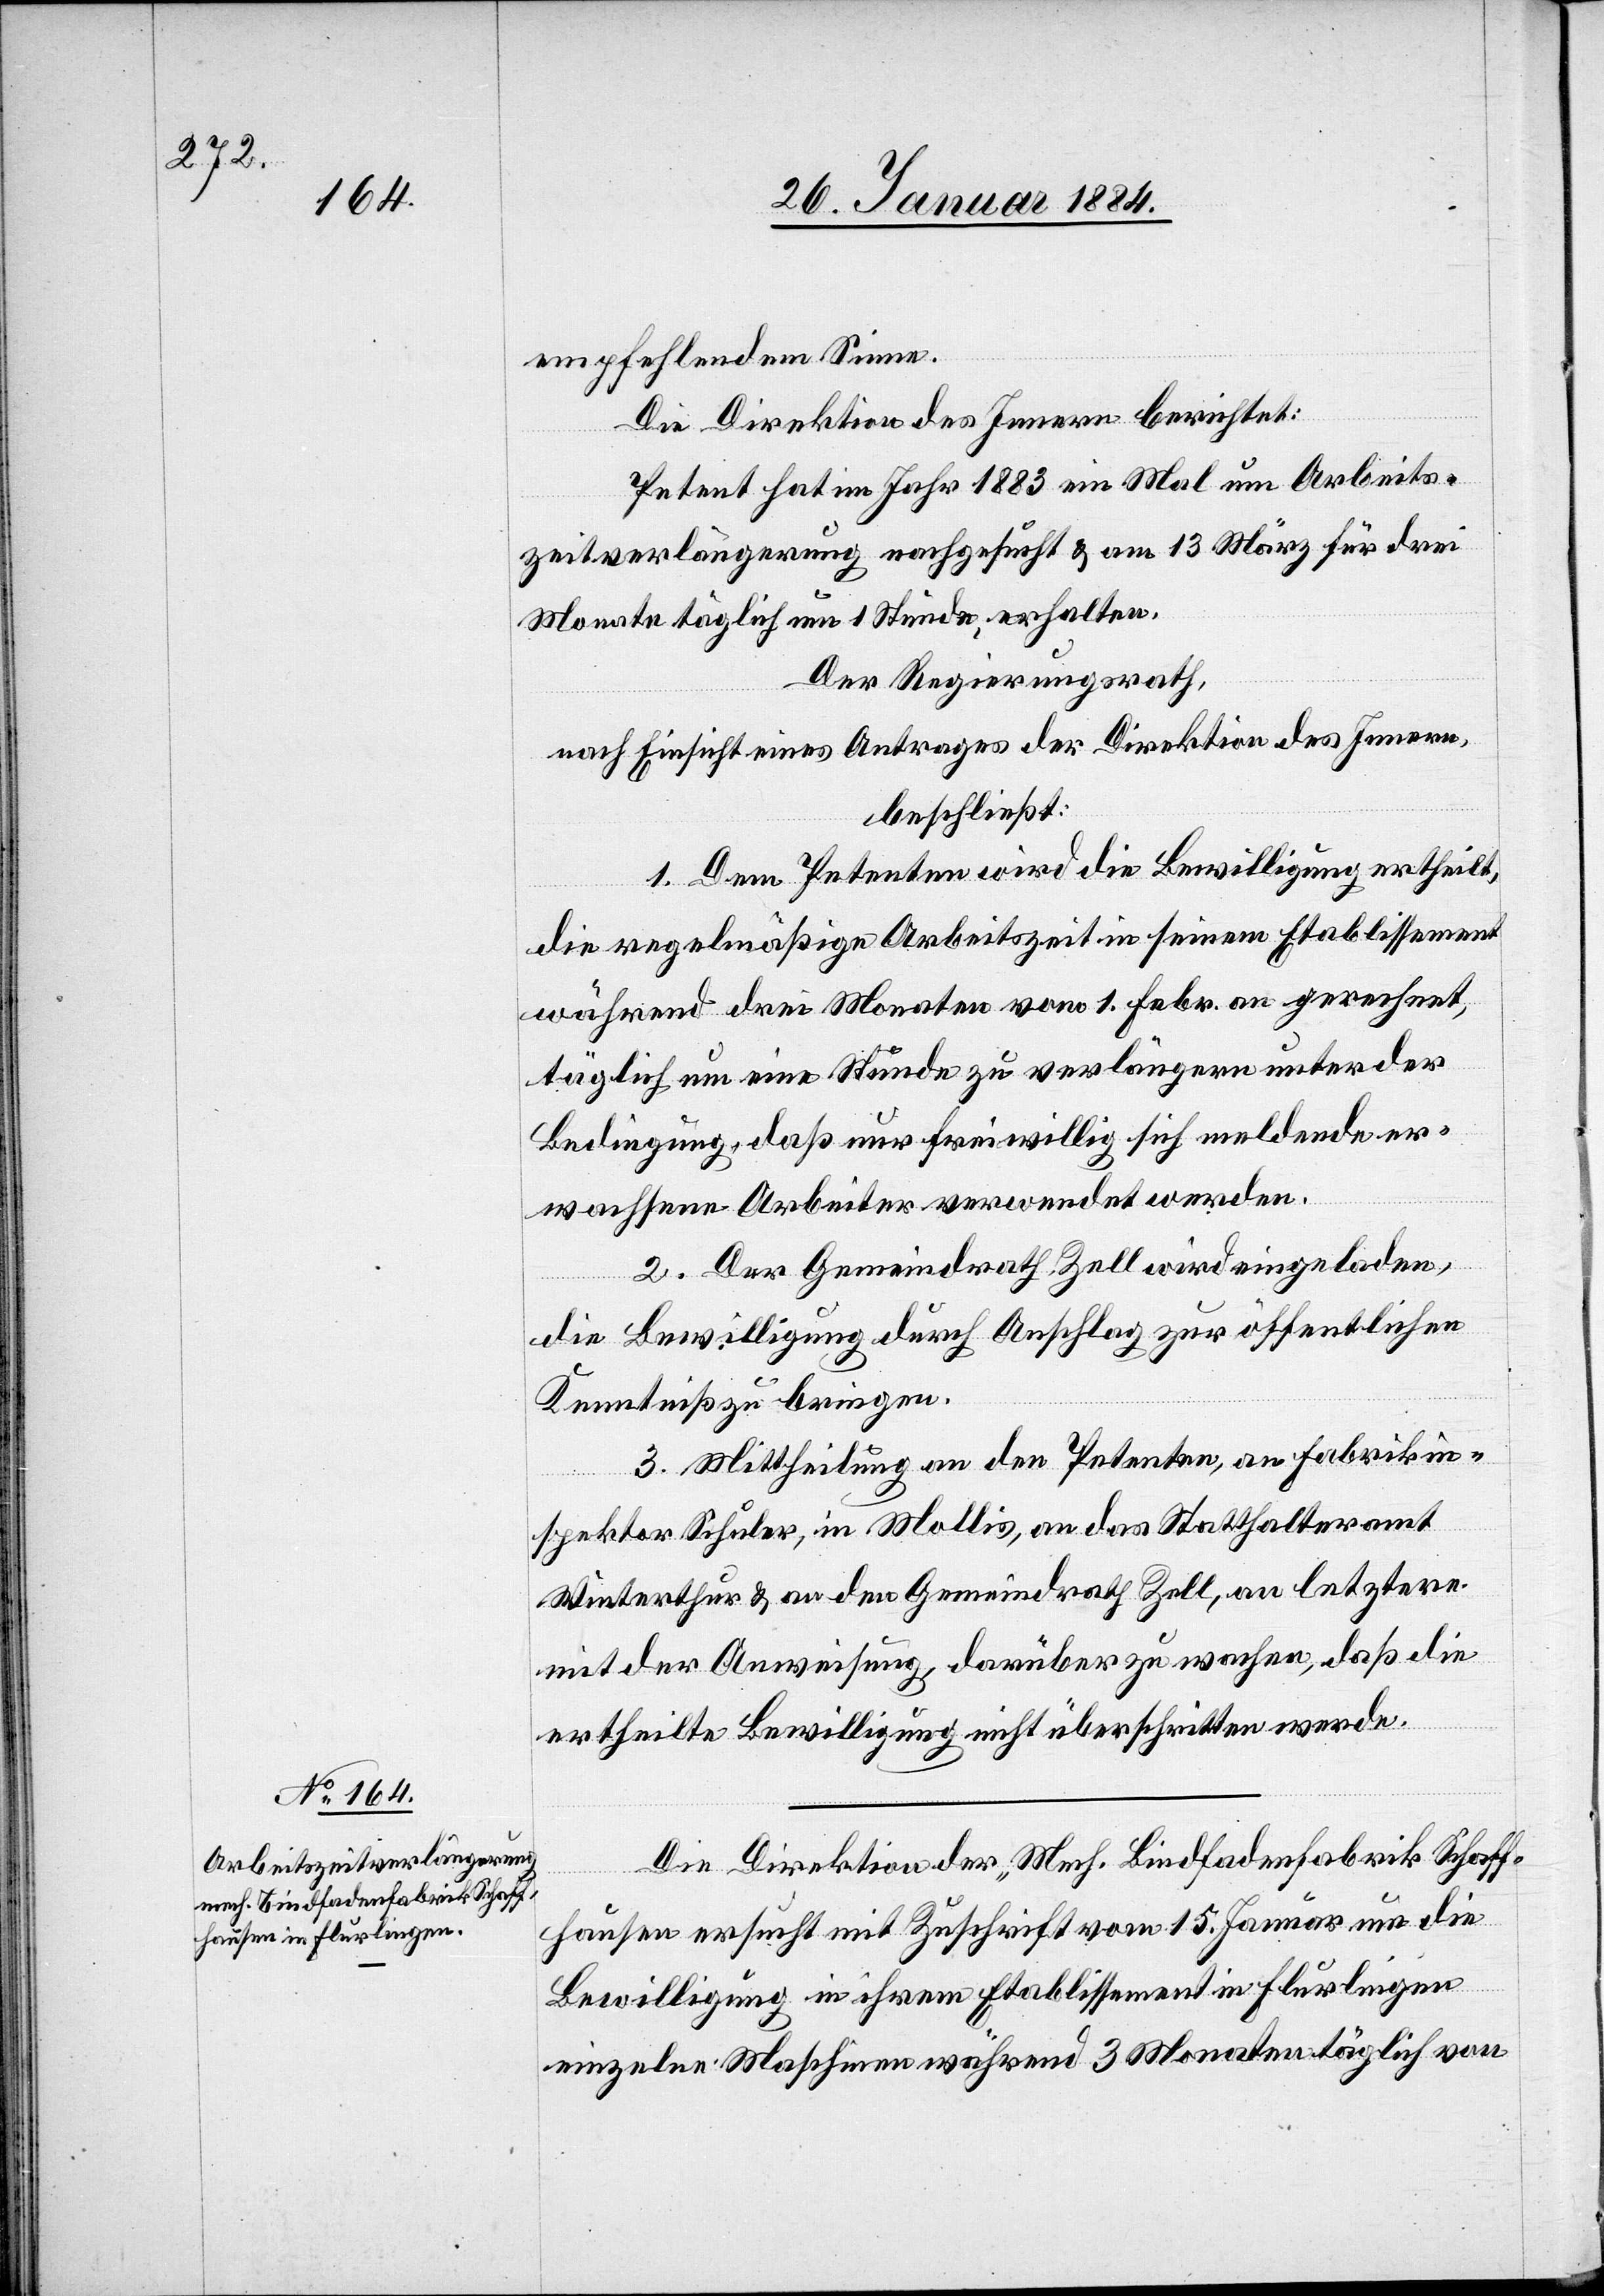
empfehlendem Sinne.
Die Direktion des Innern berichtet:
Petent hat im Jahr 1883 ein Mal um Arbeits¬
zeitverlängerung nachgesucht & am 13. März für drei
Monate täglich um 1 Stunde erhalten.
Der Regierungsrath,
nach Einsicht eines Antrages der Direktion des Innern,
beschließt:
1. Dem Petenten wird die Bewilligung ertheilt,
die regelmäßige Arbeitszeit in seinem Etablissement
während drei Monaten vom 1. Febr. an gerechnet,
täglich um eine Stunde zu verlängern unter der
Bedingung, daß nur freiwillig sich meldende er¬
wachsene Arbeiter verwendet werden.
2. Der Gemeindrath Zell wird eingeladen,
die Bewilligung durch Anschlag zur öffentlichen
Kenntniß zu bringen.
3. Mittheilung an den Petenten, an Fabrikin¬
spektor Schuler, in Mollis, an das Statthalteramt
Winterthur & an den Gemeindrath Zell, an letztere
mit der Anweisung, darüber zu wachen, daß die
ertheilte Bewilligung nicht überschritten werde.
Die Direktion der Mech. Bindfadenfabrik Schaff¬
hausen ersucht mit Zuschrift vom 15. Januar um die
Bewilligung in ihrem Etablissement in Flurlingen
einzelne Maschinen während 3 Monaten täglich von